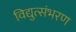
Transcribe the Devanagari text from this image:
विद्युत्संभरण